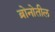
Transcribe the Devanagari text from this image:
ब्रोनोतील